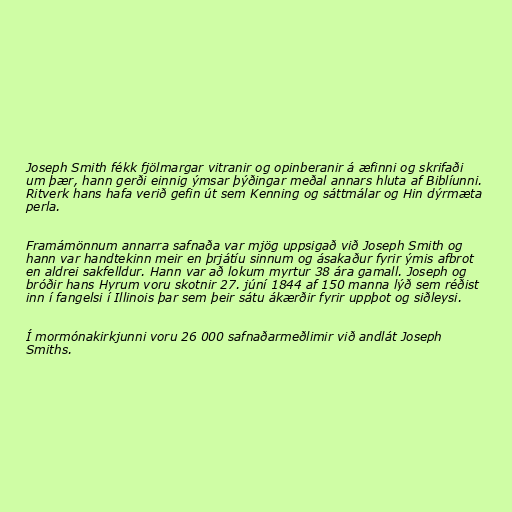
Joseph Smith fékk fjölmargar vitranir og opinberanir á æfinni og skrifaði
um þær, hann gerði einnig ýmsar þýðingar meðal annars hluta af Biblíunni.
Ritverk hans hafa verið gefin út sem Kenning og sáttmálar og Hin dýrmæta
perla.

Framámönnum annarra safnaða var mjög uppsigað við Joseph Smith og
hann var handtekinn meir en þrjátíu sinnum og ásakaður fyrir ýmis afbrot
en aldrei sakfelldur. Hann var að lokum myrtur 38 ára gamall. Joseph og
bróðir hans Hyrum voru skotnir 27. júní 1844 af 150 manna lýð sem réðist
inn í fangelsi í Illinois þar sem þeir sátu ákærðir fyrir uppþot og siðleysi.

Í mormónakirkjunni voru 26 000 safnaðarmeðlimir við andlát Joseph
Smiths.